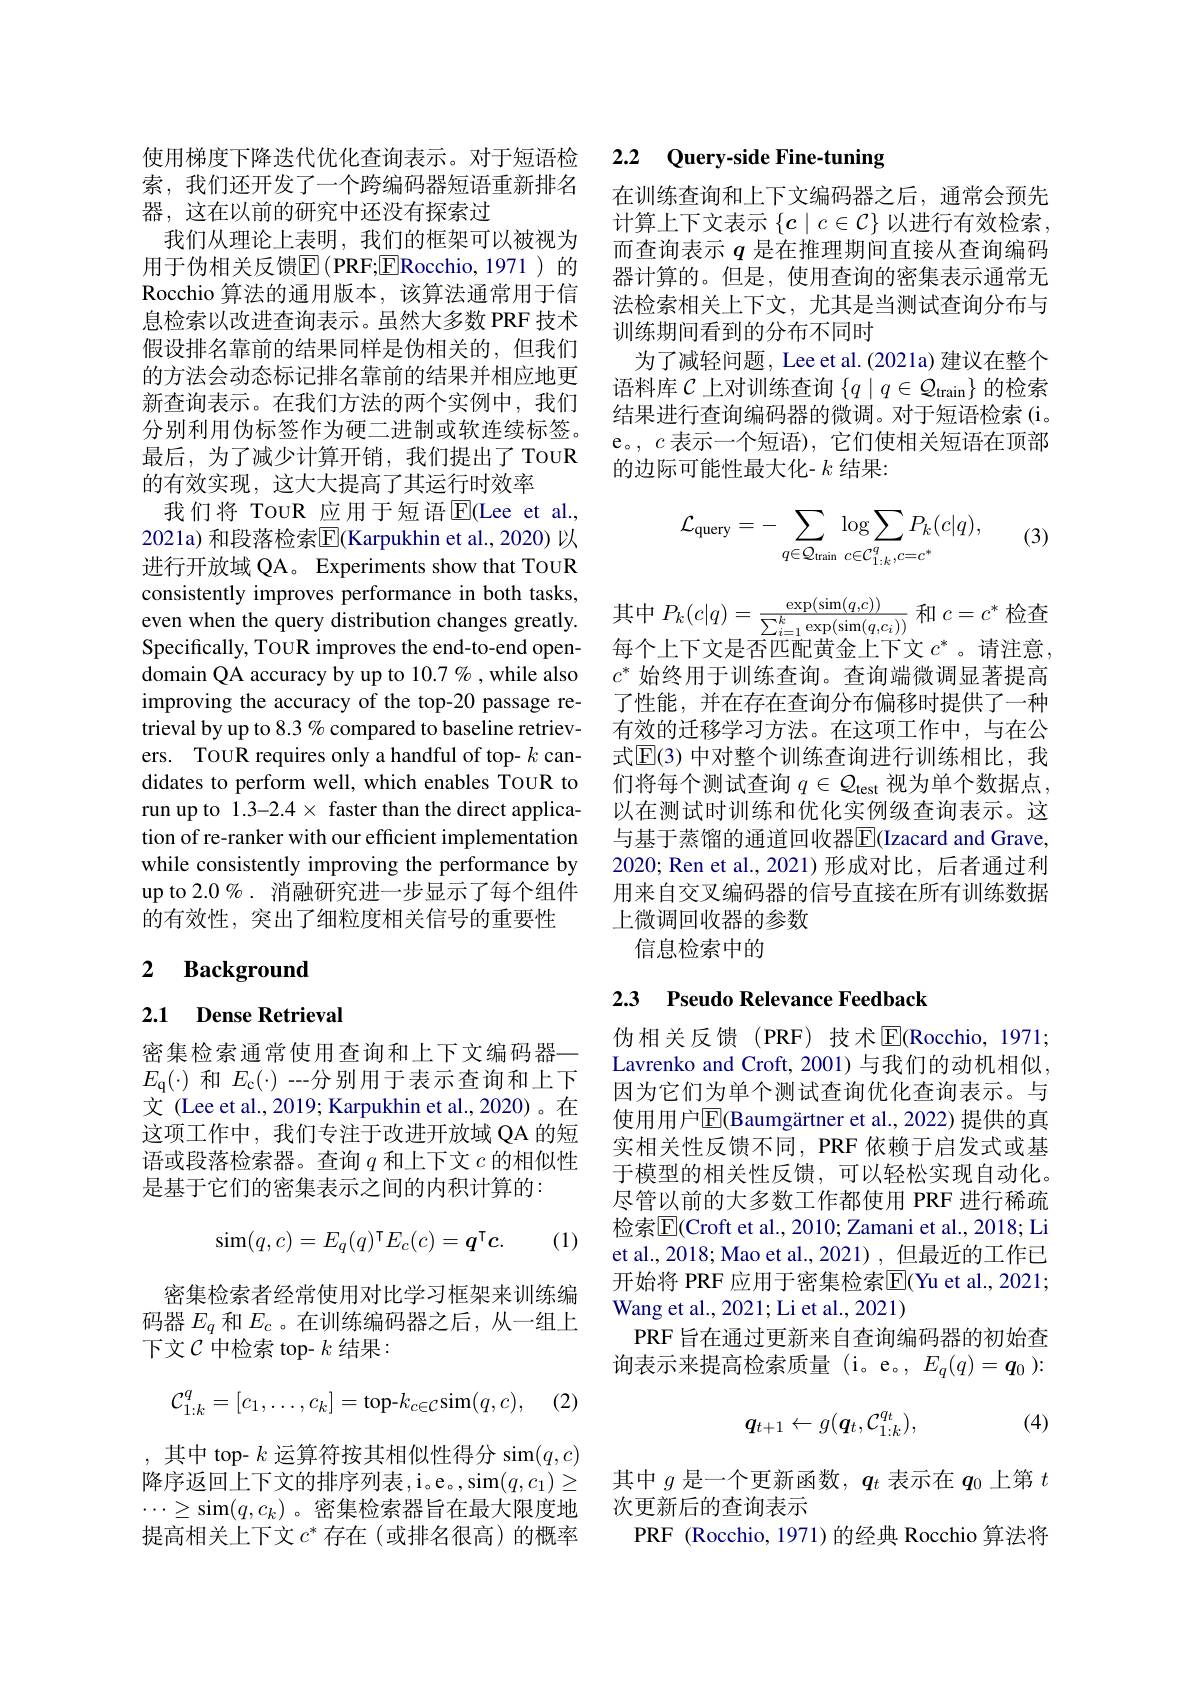
使用梯度下降迭代优化查询表示。对于短语检索，我们还开发了一个跨编码器短语重新排名器，这在以前的研究中还没有探索过
我们从理论上表明，我们的框架可以被视为用于伪相关反馈E(PRF;E|Rocchio,1971 )的Rocchio 算法的通用版本，该算法通常用于信息检索以改进查询表示。虽然大多数 PRF 技术假设排名靠前的结果同样是伪相关的，但我们的方法会动态标记排名靠前的结果并相应地更新查询表示。在我们方法的两个实例中，我们分别利用伪标签作为硬二进制或软连续标签。最后，为了减少计算开销，我们提出了TouR 的有效实现，这大大提高了其运行时效率
我们将 TouR 应用于短语$\operatorname{E}($Lee et al. 2021a) 和段落检索$\overline{\mathbb{E}}($Karpukhin et al.,2020) 以进行开放域 QA。Experiments show that TouR consistently improves performance in both tasks, even when the query distribution changes greatly. Specifically, TouR improves the end-to-end opendomain QA accuracy by up to $10.7\%$ , while also improving the accuracy of the top-20 passage retrieval by up to 8.3% compared to baseline retrievers. TOUR requires only a handful of top- $k$ candidates to perform well, which enables TouR to run up to 1.3-2.4 × faster than the direct application of re-ranker with our efficient implementation while consistently improving the performance by up to 2.0 % . 消融研究进一步显示了每个组件的有效性，突出了细粒度相关信号的重要性

## 2 $\textbf{Background}$

## 2.1 Dense Retrieval

密集检索通常使用查询和上下文编码器- $E_{\mathrm{q}}(\cdot)$和$E_\mathrm{c}(\cdot)$ --分别用于表示查询和上下文 (Lee et al., 2019; Karpukhin et al., 2020)。在这项工作中，我们专注于改进开放域 QA 的短语或段落检索器。查询$q$和上下文$c$的相似性是基于它们的密集表示之间的内积计算的：
$$\operatorname{sim}(q,c)=E_q(q)^\intercal E_c(c)=\boldsymbol{q}^\intercal\boldsymbol{c}.$$
(1)

密集检索者经常使用对比学习框架来训练编码器$E_q$和$E_c$ 。在训练编码器之后，从一组上下文$\mathcal{C}$中检索 top- $k$结果：
$$\mathcal{C}_{1:k}^{q}=[c_{1},\ldots,c_{k}]=\mathrm{top-}k_{c\in\mathcal{C}}\mathrm{sim}(q,c),$$
(2)

,其中 top- $k$ 运算符按其相似性得分 sim$(q,c)$ 降序返回上下文的排序列表，i。e。,sim$(q,c_1)\geq$ $\cdots\geq\sin(q,c_k)$。密集检索器旨在最大限度地提高相关上下文$c^*$存在(或排名很高)的概率

### 2.2 $\textbf{Query- side Fine- tuning}$

在训练查询和上下文编码器之后，通常会预先计算上下文表示$\{c\mid c\in\mathcal{C}\}$以进行有效检索， 而查询表示$q$是在推理期间直接从查询编码器计算的。但是，使用查询的密集表示通常无法检索相关上下文，尤其是当测试查询分布与训练期间看到的分布不同时
为了减轻问题，Lee et al.(2021a) 建议在整个语料库$\mathcal{C}$上对训练查询$\{q\mid q\in\mathcal{Q}_{\mathrm{train}}\}$的检索结果进行查询编码器的微调。对于短语检索(i。e。,$c$表示一个短语),它们使相关短语在顶部的边际可能性最大化- $k$结果：
$$\mathcal{L}_{\mathrm{query}}=-\sum_{q\in\mathcal{Q}_{\mathrm{train}}}\log\sum_{c\in\mathcal{C}_{1:k}^{q},c=c^{*}}P_{k}(c|q),$$
(3)
$$P_k(c|q)=\frac{\exp(\sin(q,c))}{\sum_{i=1}^{k}\exp(\sin(q,c_{i}))}$$
每个上下文是否匹配黄金上下文 $c^*$。请注意，

$\mid c=c^*$
$c^*$始终用于训练查询。查询端微调显著提高了性能，并在存在查询分布偏移时提供了一种有效的迁移学习方法。在这项工作中，与在公式$\mathbb{E}(3)$ 中对整个训练查询进行训练相比，我们将每个测试查询$q\in\mathcal{Q}_\mathrm{test}$视为单个数据点， 以在测试时训练和优化实例级查询表示。这与基于蒸馏的通道回收器$\overline{\mathrm{E}}($Izacard and Grave, 2020; Ren et al.,2021)形成对比，后者通过利用来自交叉编码器的信号直接在所有训练数据上微调回收器的参数
信息检索中的

## 2.3 Pseudo Relevance Feedback

伪相关反馈(PRF)技术$\overline{\mathrm{E}}$(Rocchio, 1971; Lavrenko and Croft, 2001) 与我们的动机相似， 因为它们为单个测试查询优化查询表示。与使用用户$\overline{\mathbb{F}}($Baumgärtner et al.,2022) 提供的真实相关性反馈不同，PRF 依赖于启发式或基于模型的相关性反馈，可以轻松实现自动化。尽管以前的大多数工作都使用 PRF 进行稀疏检索$\overline{\mathrm{E}}($Croft et al., 2010; Zamani et al., 2018; Li et al., 2018; Mao et al., 2021) , 但最近的工作已开始将 PRF 应用于密集检索$\overline{\mathrm{E}}($Yu et al., 2021; Wang et al., 2021; Li et al., 2021)
PRF 旨在通过更新来自查询编码器的初始查询表示来提高检索质量 (i。e。, $E_q(q)=\boldsymbol{q}_0):$

(4)
$$q_{t+1}\leftarrow g(\boldsymbol{q}_t,\mathcal{C}_{1:k}^{q_t}),$$
其中$g$是一个更新函数，$q_t$表示在$q_0$上第$t$
次更新后的查询表示
PRF (Rocchio, 1971) 的经典 Rocchio 算法将